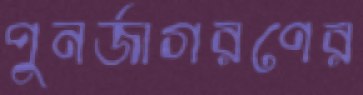
পুনর্জাগরণের